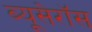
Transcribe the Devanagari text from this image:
ब्यूसेरॉस